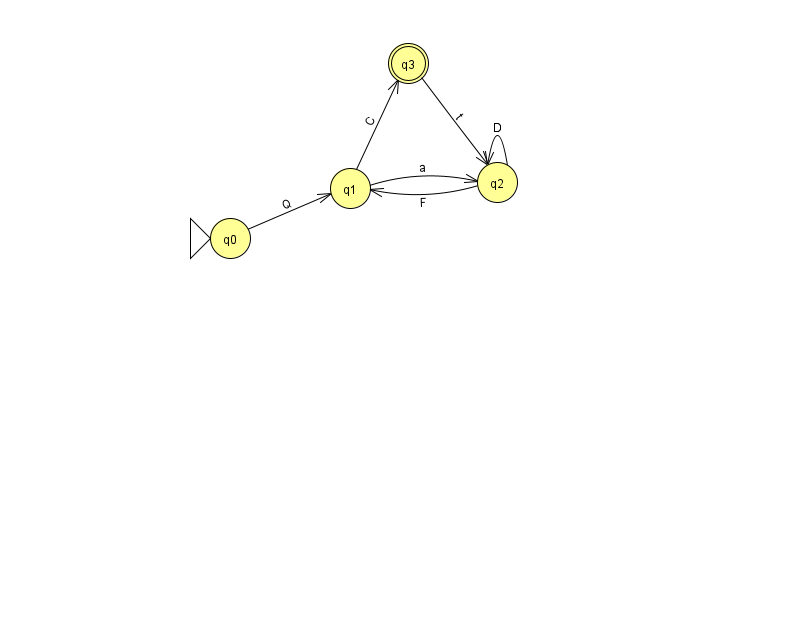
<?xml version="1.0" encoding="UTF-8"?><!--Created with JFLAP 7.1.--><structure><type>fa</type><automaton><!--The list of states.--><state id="0" name="q0"><x>230.0</x><y>225.0</y><initial/></state><state id="1" name="q1"><x>350.0</x><y>175.0</y></state><state id="2" name="q2"><x>497.0</x><y>169.0</y></state><state id="3" name="q3"><x>408.0</x><y>50.0</y><final/></state><!--The list of transitions.--><transition><from>1</from><to>2</to><read>a</read></transition><transition><from>2</from><to>1</to><read>F</read></transition><transition><from>2</from><to>2</to><read>D</read></transition><transition><from>0</from><to>1</to><read>Q</read></transition><transition><from>1</from><to>3</to><read>C</read></transition><transition><from>3</from><to>2</to><read>t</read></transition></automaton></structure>